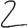
Digit: 2